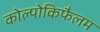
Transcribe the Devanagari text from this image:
कोल्पोकिफैलम